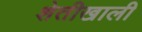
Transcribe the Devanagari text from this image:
शेतीखाली